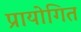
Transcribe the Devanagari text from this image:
प्रायोगित